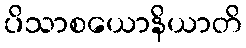
ပိသာစယောနိယာတိ